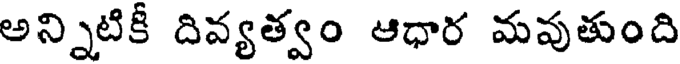
అన్నిటికీ దివ్యత్వం ఆధార మవుతుంది